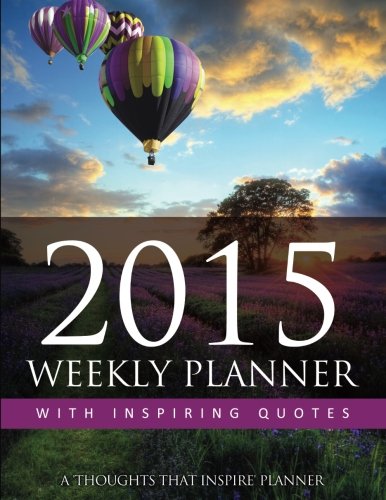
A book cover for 2015 Weekly Planner With Inspiring Quotes: A Thoughts That Inspire Planner; Marci Aurila; Business & Money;